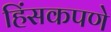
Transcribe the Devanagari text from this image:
हिंसकपणे